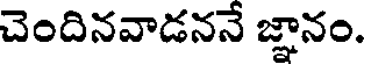
చెందినవాడననే జ్ఞానం.